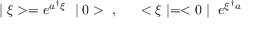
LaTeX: \mid \xi > = e ^ { a ^ { \dag } \xi } ~ \mid 0 > ~ , ~ ~ ~ ~ < \xi \mid = < 0 \mid ~ e ^ { \xi ^ { \dag } a }